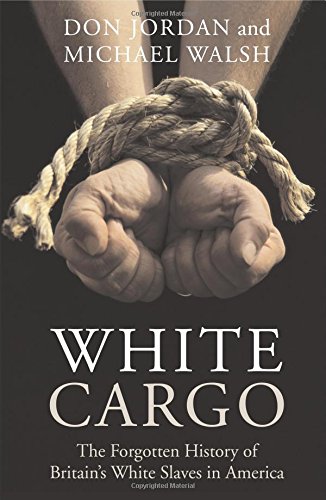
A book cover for White Cargo: The Forgotten History of Britain's White Slaves in America; Don Jordan; History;